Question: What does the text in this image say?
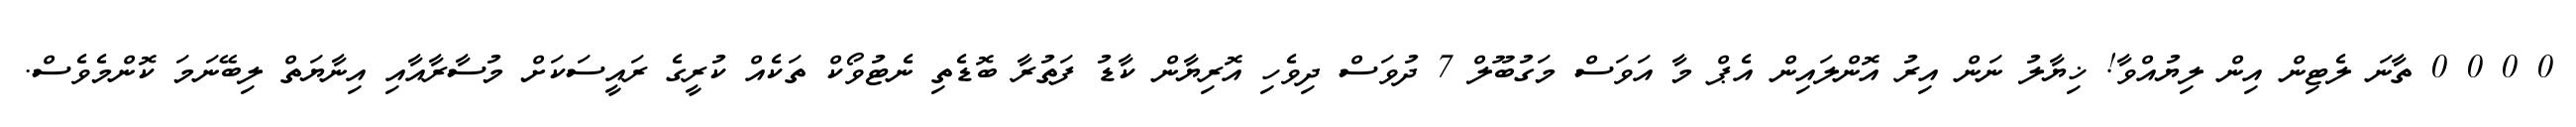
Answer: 0 0 0 0 ތާނަ ލެޓިން އިން ލިޔުއްވާ! ޚިޔާލު ނަން އިރު އޮންލައިން އެޕް މާ އަވަސް މަގުބޫލް 7 ދުވަސް ދިވެހި އޮރިޔާން ކާޑު ފަތުރާ ބޮޑެތި ނެޓުވޯކް ތަކެއް ކުރީގެ ރައީސަކަށް މުސާރާއާއި އިނާޔަތް ލިބޭނަމަ ކޮންމެވެސް.